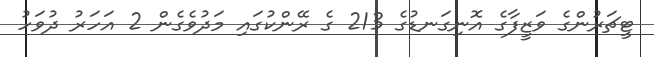
ޓީޗަރުންގެ ވަޒީފާގެ އޮނިގަނޑުގެ 213 ގެ ރޭންކުގައި މަދުވެގެން 2 އަހަރު ދުވަހު